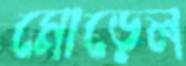
মোড়েল